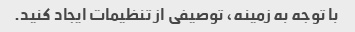
با توجه به زمینه، توصیفی از تنظیمات ایجاد کنید.